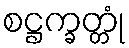
စဋ္ဌက္ခတ္တုံ